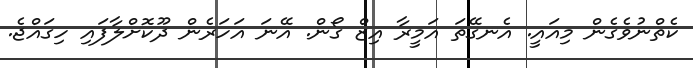
ކެތްނުވެގެން މިއައީ. އެނގޭތަ އަމީރާ އިޒް ގޯން. އޭނަ އަހަރެން ދޫކޮށްލާފައި ހިގައްޖެ.